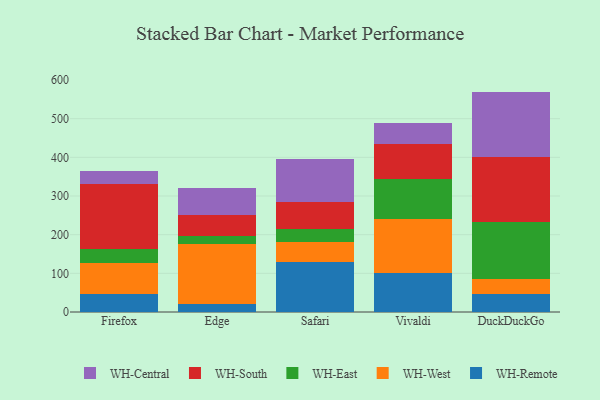
{"axis": {"x": "Browser", "y": "Tickets Resolved"}, "legend": ["WH-Central", "WH-East", "WH-Remote", "WH-South", "WH-West"], "data": [{"x": "Firefox", "y": 45.9, "type": "WH-Remote"}, {"x": "Firefox", "y": 81.6, "type": "WH-West"}, {"x": "Firefox", "y": 34.8, "type": "WH-East"}, {"x": "Firefox", "y": 168.7, "type": "WH-South"}, {"x": "Firefox", "y": 32.7, "type": "WH-Central"}, {"x": "Edge", "y": 21.1, "type": "WH-Remote"}, {"x": "Edge", "y": 154.2, "type": "WH-West"}, {"x": "Edge", "y": 20.4, "type": "WH-East"}, {"x": "Edge", "y": 55.1, "type": "WH-South"}, {"x": "Edge", "y": 68.7, "type": "WH-Central"}, {"x": "Safari", "y": 128.5, "type": "WH-Remote"}, {"x": "Safari", "y": 51.7, "type": "WH-West"}, {"x": "Safari", "y": 34.6, "type": "WH-East"}, {"x": "Safari", "y": 69.6, "type": "WH-South"}, {"x": "Safari", "y": 111.4, "type": "WH-Central"}, {"x": "Vivaldi", "y": 99.7, "type": "WH-Remote"}, {"x": "Vivaldi", "y": 140.0, "type": "WH-West"}, {"x": "Vivaldi", "y": 103.7, "type": "WH-East"}, {"x": "Vivaldi", "y": 91.6, "type": "WH-South"}, {"x": "Vivaldi", "y": 53.7, "type": "WH-Central"}, {"x": "DuckDuckGo", "y": 46.4, "type": "WH-Remote"}, {"x": "DuckDuckGo", "y": 39.3, "type": "WH-West"}, {"x": "DuckDuckGo", "y": 147.8, "type": "WH-East"}, {"x": "DuckDuckGo", "y": 167.7, "type": "WH-South"}, {"x": "DuckDuckGo", "y": 168.8, "type": "WH-Central"}]}